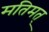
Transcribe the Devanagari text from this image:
मतिमत्‌